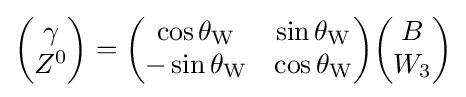
{\begin{pmatrix}\gamma \\Z^{0}\end{pmatrix}}={\begin{pmatrix}\cos \theta _{\text{W}}&\sin \theta _{\text{W}}\\-\sin \theta _{\text{W}}&\cos \theta _{\text{W}}\end{pmatrix}}{\begin{pmatrix}B\\W_{3}\end{pmatrix}}